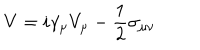
V = i \gamma _ { \mu } V _ { \mu } - \frac { 1 } { 2 } \sigma _ { \mu \nu }